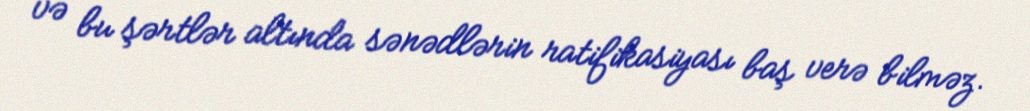
və bu şərtlər altında sənədlərin ratifikasiyası baş verə bilməz.